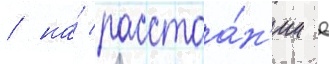
/ на́ расстоа́н'ии в